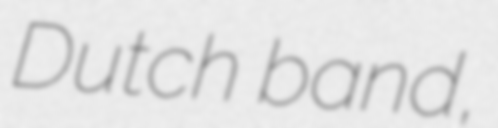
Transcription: Dutch band,